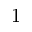
1